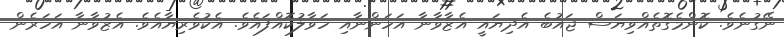
ނޭގުނެވެ. ކޮންމެގޮތެއްވިޔަސް ޖައުބެ އެދިޔައީ އެޒާވާނާ އަހަންނާއި ހަވާލުކޮއްފައެވެ. އެކުވެރިޔާއެވެ. އެޒުވާނާ އަހަރެން